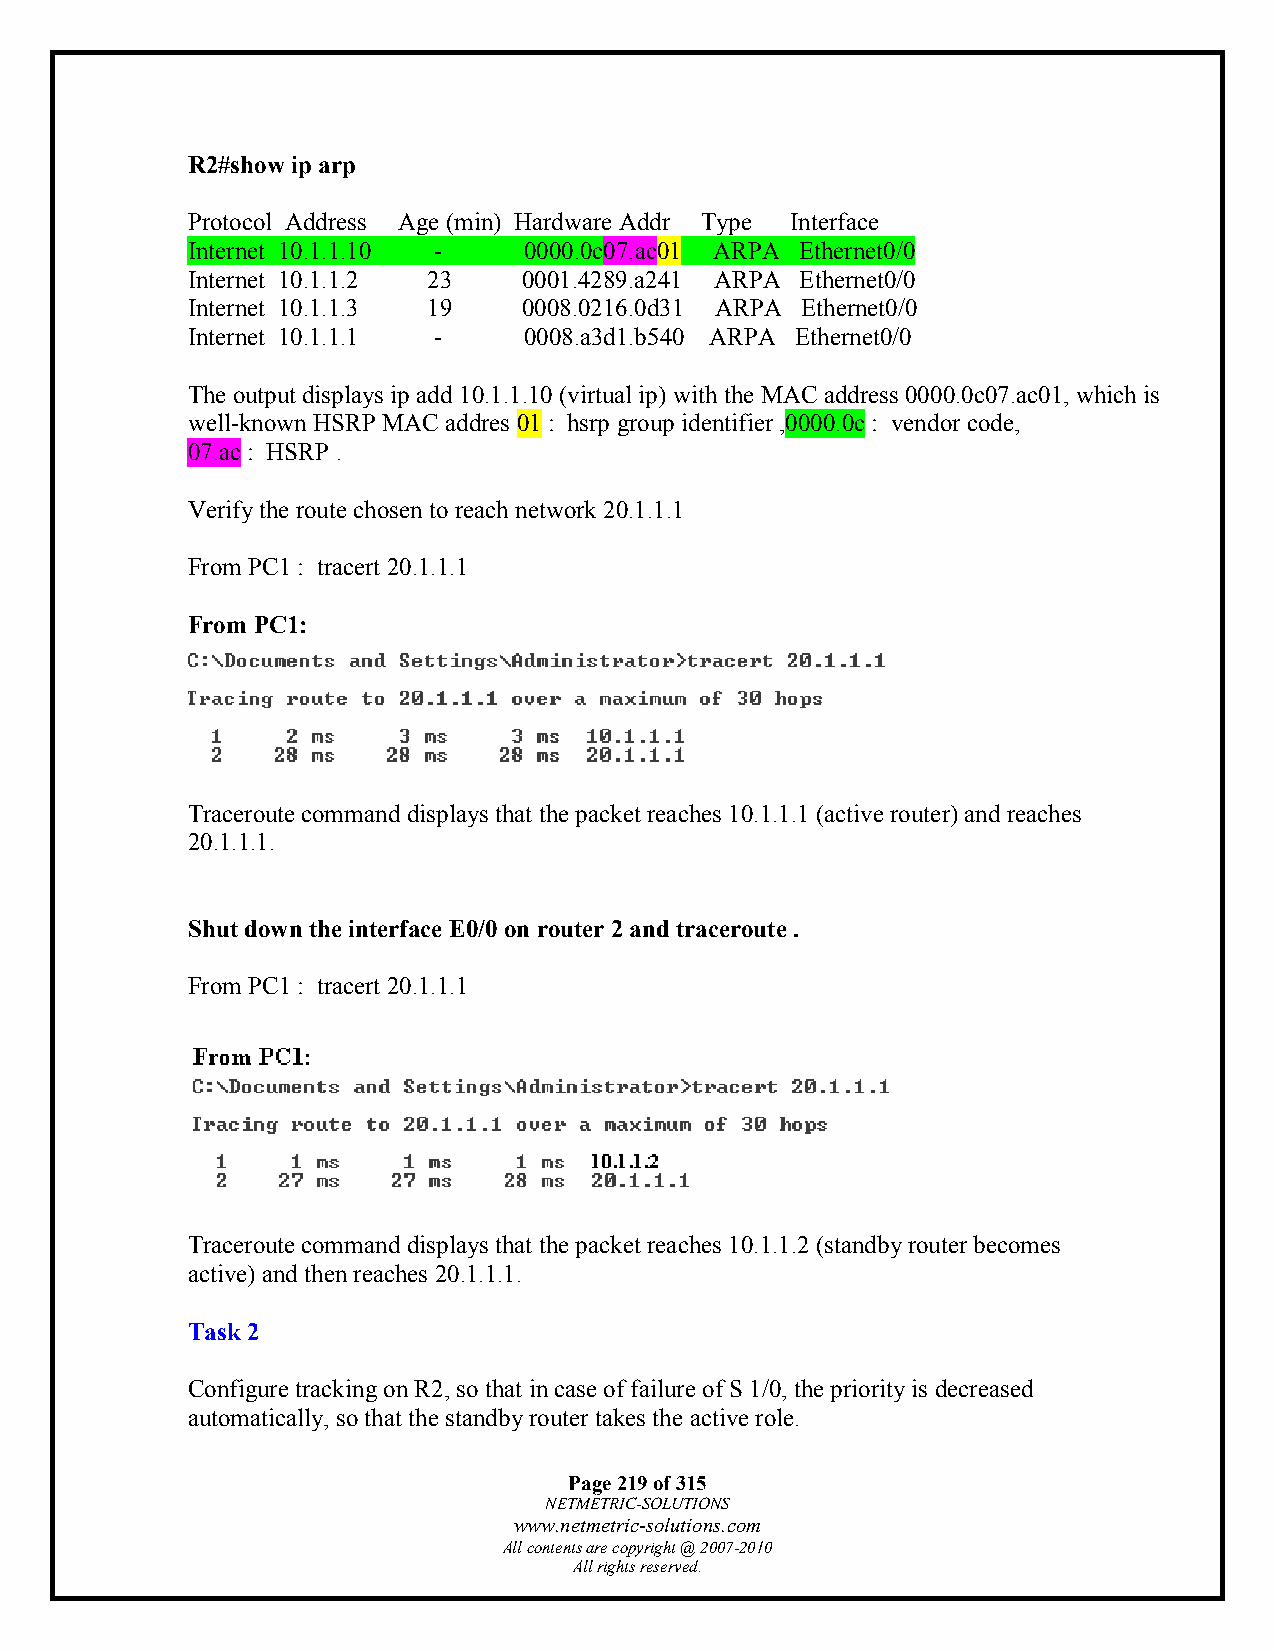
R2#show ip arp
 Protocol Address Age (min) Hardware Addr Type Interface
 Internet 10.1.1.10 -   0000.0c07.ac01 ARPA Ethernet0/0
 Internet 10.1.1.2 23   0001.4289.a241 ARPA Ethernet0/0
 Internet 10.1.1.3 19   0008.0216.0d31 ARPA Ethernet0/0
 Internet 10.1.1.1 -    0008.a3d1.b540 ARPA Ethernet0/0
 The output displays ip add 10.1.1.10 (virtual ip) with the MAC address 0000.0c07.ac01, which is
 well-known HSRP MAC addres 01 : hsrp group identifier ,0000.0c : vendor code,
 07.ac : HSRP .
 Verify the route chosen to reach network 20.1.1.1
 From PC1 : tracert 20.1.1.1
 From PC1:
 Traceroute command displays that the packet reaches 10.1.1.1 (active router) and reaches
 20.1.1.1.
 Shut down the interface E0/0 on router 2 and traceroute .
 From PC1 : tracert 20.1.1.1
 Traceroute command displays that the packet reaches 10.1.1.2 (standby router becomes
 active) and then reaches 20.1.1.1.
 Task 2
 Configure tracking on R2, so that in case of failure of S 1/0, the priority is decreased
 automatically, so that the standby router takes the active role.
 Page 219 of 315
 NETMETRIC-SOLUTIONS
 www.netmetric-solutions.com
 All contents are copyright @ 2007-2010
 All rights reserved.